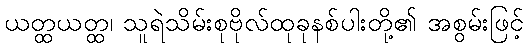
ယတ္ထယတ္ထ၊ သူရဲသိမ်းစုဗိုလ်ထုခုနစ်ပါးတို့၏ အစွမ်းဖြင့်